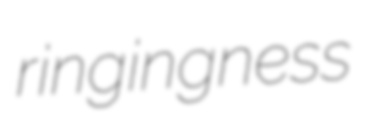
ringingness